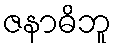
ဇနာဓိဘူ